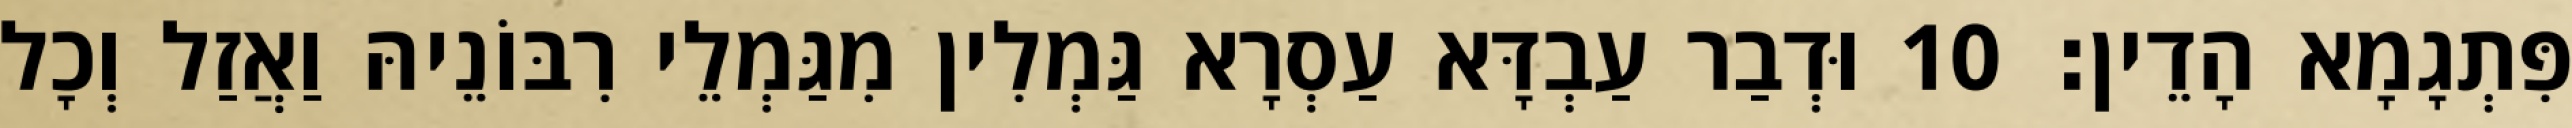
פִּתְגָמָא הָדֵין׃ 10 וּדְבַר עַבְדָּא עַסְרָא גַּמְלִין מִגַּמְלֵי רִבּוֹנֵיהּ וַאֲזַל וְכָל